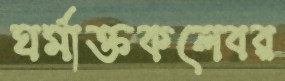
ঘর্মাক্তকলেবর